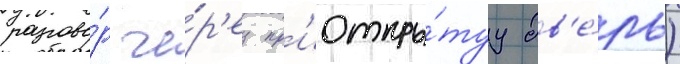
разгово́р че́р'ез пр'иоткры́туу дв'е́рь)